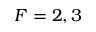
F = 2 , 3